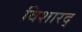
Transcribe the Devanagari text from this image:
विशारद्